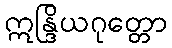
ဣန္ဒြိယဂုတ္တော